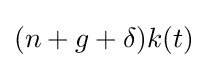
(n+g+\delta )k(t)